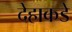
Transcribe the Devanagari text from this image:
देहाकडे